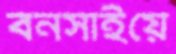
বনসাইয়ে